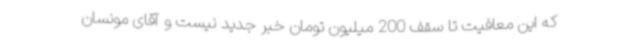
که این معافیت تا سقف 200 میلیون تومان خبر جدید نیست و آقای مونسان